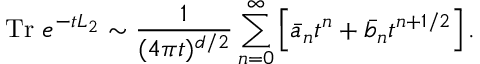
\mathrm { T r } ~ e ^ { - t L _ { 2 } } \sim { \frac { 1 } { ( 4 \pi t ) ^ { d / 2 } } } \sum _ { n = 0 } ^ { \infty } \left[ \bar { a } _ { n } t ^ { n } + \bar { b } _ { n } t ^ { n + 1 / 2 } \right] .